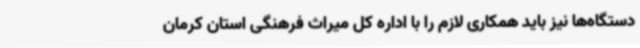
دستگاه‌ها نیز باید همکاری لازم را با اداره کل میراث فرهنگی استان کرمان